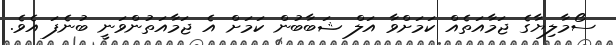
ސޯމާލިޔާގެ ޖަމާއަތެއް ކަމަށްވާ އަލް ޝަބާބުން ކަމަށް އެ ޖަމާއަތުންވަނީ ބުނެފަ އެވެ.